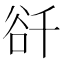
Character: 𧮮